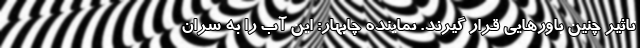
تاثیر چنین باورهایی قرار گیرند. نماینده چابهار: این آب را به سران